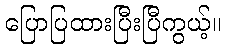
ပြောပြထားပြီးပြီကွယ့်။